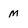
Character: M